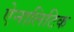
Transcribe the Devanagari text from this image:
ऐनालिटिक